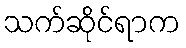
သက်ဆိုင်ရာက